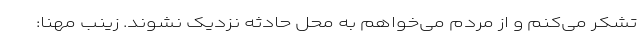
تشکر می‌کنم و از مردم می‌خواهم به محل حادثه نزدیک نشوند. زینب مهنا: